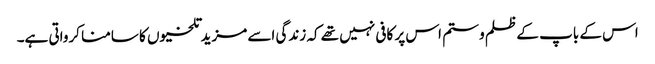
اس کے باپ کے ظلم و ستم اس پر کافی نہیں تھے کہ زندگی اسے مزید تلخیوں کا سامنا کرواتی ہے۔